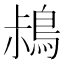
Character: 𪀖